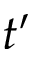
t ^ { \prime }